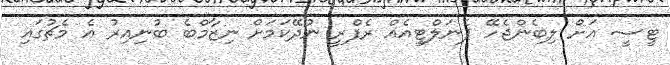
ޓީސީ އަށް ލިބެންޖެހޭ ޕެނަލްޓީއެއް ރެފްރީ ނުދޭކަމަށް ނިޒާމްބެ ބުނިއިރު އެ މެޗުގައި